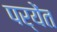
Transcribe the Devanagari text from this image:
पर्येंत